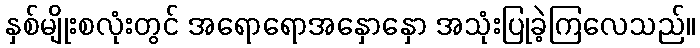
နှစ်မျိုးစလုံးတွင် အရောရောအနှောနှော အသုံးပြုခဲ့ကြလေသည်။